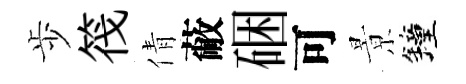
歩筏倩蔽硱可㬌鐘